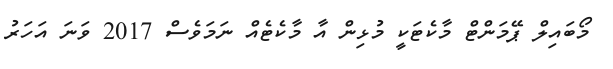
މޯބައިލް ޕޭމަންޓް މާކެޓަކީ މުޅިން އާ މާކެޓެއް ނަމަވެސް 2017 ވަނަ އަހަރު